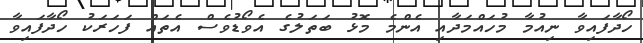
ހޯދާފައިވާ ނިއުމާ މުހައްމަދާއި އެންމެ މޮޅު ބަތަލުގެ އެވޯޑުވެސް އެތައް ފަހަރަކު ހޯދާފައިވާ